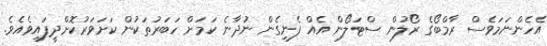
އެހެންނަމަވެސް ރާމްބޯގެ ރޯލުން ސްޓަލޯން އެއް ފެނިގެން ނުދާނެ ކަމަށް ހަބަރުތަކުން ކަށަވަރުކޮށްދީފައިވެއެވެ.